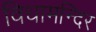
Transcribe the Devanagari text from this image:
विधामन्दिर